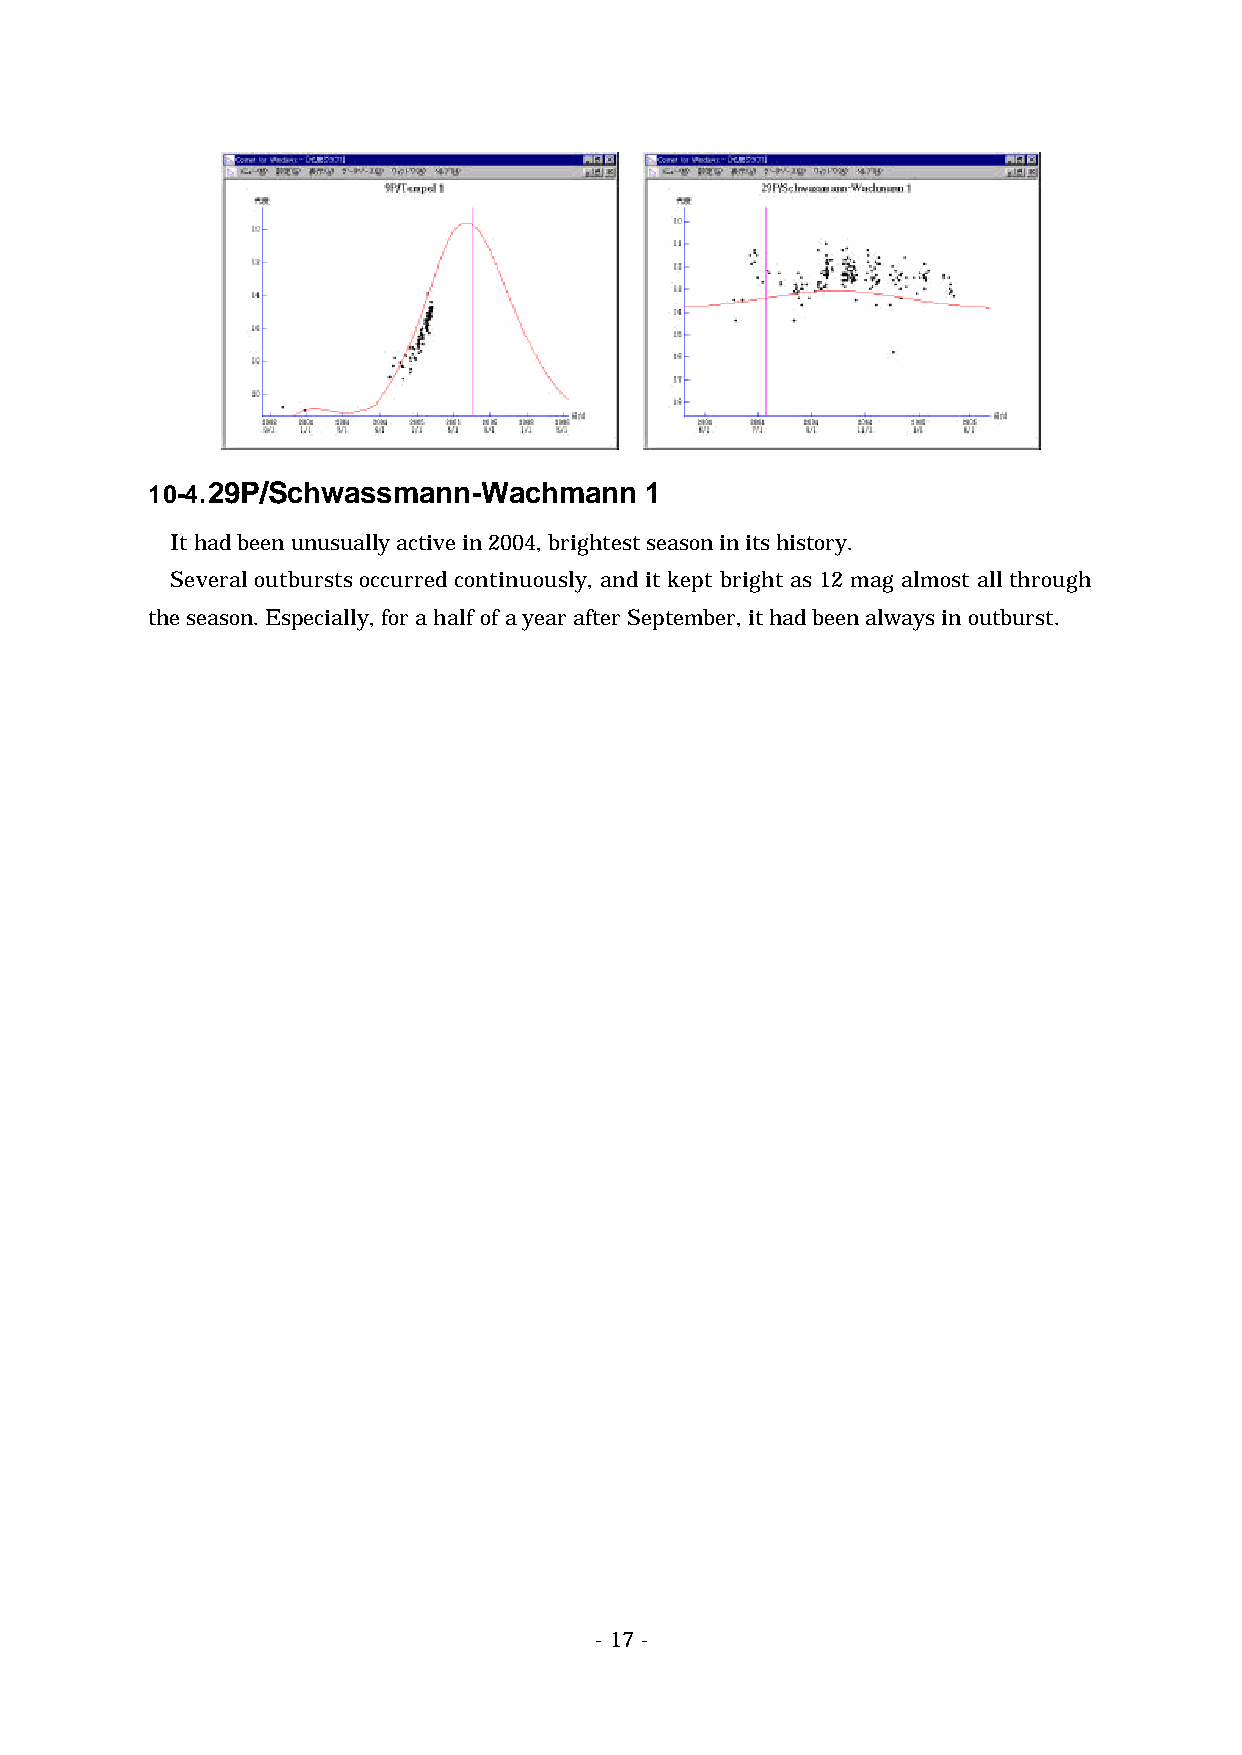
10-4. 29P/Schwassmann-Wachmann   1
 It had been unusually active in 2004, brightest season in its history.
 Several outbursts occurred continuously, and it kept bright as 12 mag almost all through
 the season. Especially, for a half of a year after September, it had been always in outburst.
 - 17 -